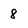
Character: 8